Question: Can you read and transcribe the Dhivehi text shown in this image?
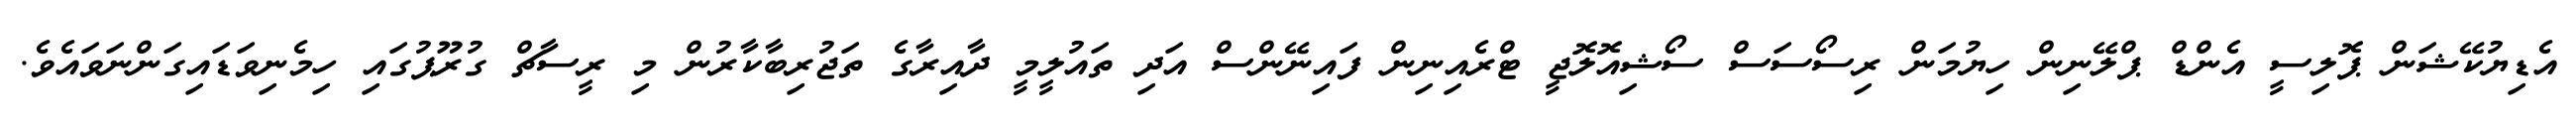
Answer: އެޑިޔުކޭޝަން ޕޮލިސީ އެންޑް ޕްލޭނިން ހިޔުމަން ރިސޯސަސް ސޯޝިއޮލޮޖީ ޓްރެއިނިން ފައިނޭންސް އަދި ތައުލީމީ ދާއިރާގެ ތަޖުރިބާކާރުން މި ރީސާޗް ގުރޫޕުގައި ހިމެނިވަޑައިގަންނަވައެވެ.